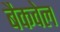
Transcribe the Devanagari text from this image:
बैकवेल